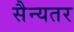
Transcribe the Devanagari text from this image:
सैन्यतर